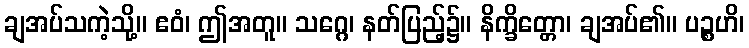
ချအပ်သကဲ့သို့။ ဧဝံ၊ ဤအတူ။ သဂ္ဂေ၊ နတ်ပြည့်၌။ နိက္ခိတ္တော၊ ချအပ်၏။ ပဉ္စဟိ၊